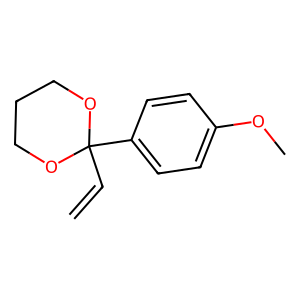
SMILES: C=CC1(c2ccc(OC)cc2)OCCCO1
Inhibits HIV replication: No